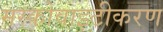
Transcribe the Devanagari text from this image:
मस्कोवाइटीकरण